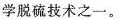
学脱硫技术之一。